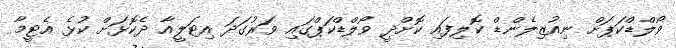
ވޯލްޑްކަޕަށް ނިއުޒިލެންޑް ކޮލިފައި ކޮށްދީ ވޯލްޑްކަޕްގައި ވަރުގަދަ އިޓަލީއާ ދެކޮޅަށް ކުޅެ އެޓީމާ